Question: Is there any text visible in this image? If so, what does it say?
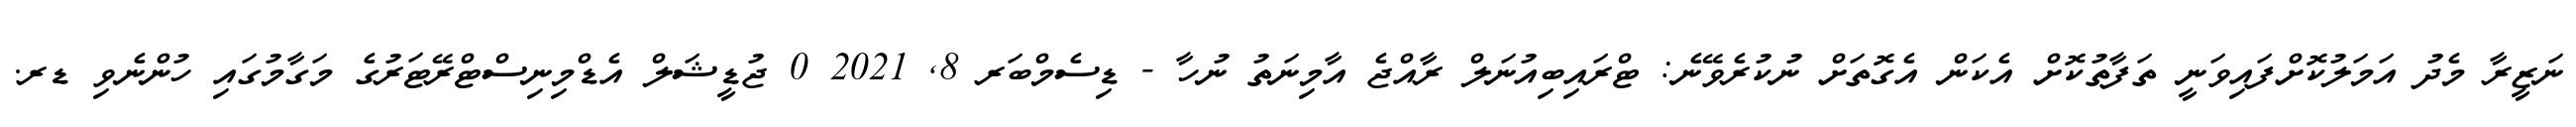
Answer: ނަޒީރާ މެދު އަމަލުކޮށްފައިވަނީ ތަފާތުކޮށް އެކަން އެގޮތަށް ނުކުރެވޭނެ: ޓްރައިބިއުނަލް ރާއްޖެ އާމިނަތު ނުހާ - ޑިސެމްބަރ 8, 2021 0 ޖުޑީޝަލް އެޑްމިނިސްޓްރޭޓަރުގެ މަގާމުގައި ހުންނެވި ޑރ.